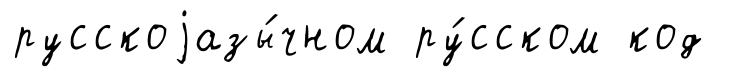
русскоjазы́чном ру́сском код